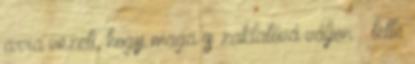
arra vezeti, hogy maga is zaklatóvá váljon – tette